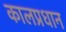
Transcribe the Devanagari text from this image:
कालप्रधान